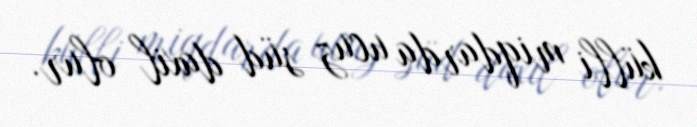
külli miqdarda ucuz süd daxil olur.